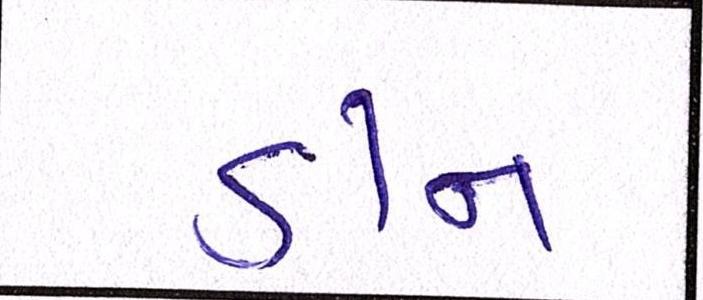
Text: ડીન